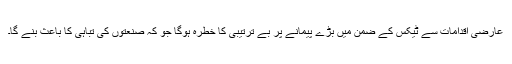
عارضی اقدامات سے ٹیکس کے ضمن میں بڑے پیمانے پر بے ترتیبی کا خطرہ ہوگا جو کہ صنعتوں کی تباہی کا باعث بنے گا۔